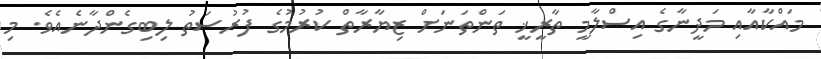
މައްކާއާއި މަދީނާގެ އިސްލާމީ ތާރީޚީ ތަންތަނަށް ޒިޔާރާތް ކުރުމުގެ ފުރުސަތު ލިބިގެންދާނެއެވެ. މި